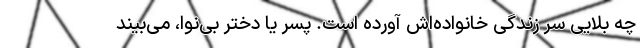
چه بلایی سر زندگی خانواده‌اش آورده است. پسر یا دختر بی‌نوا، می‌بیند